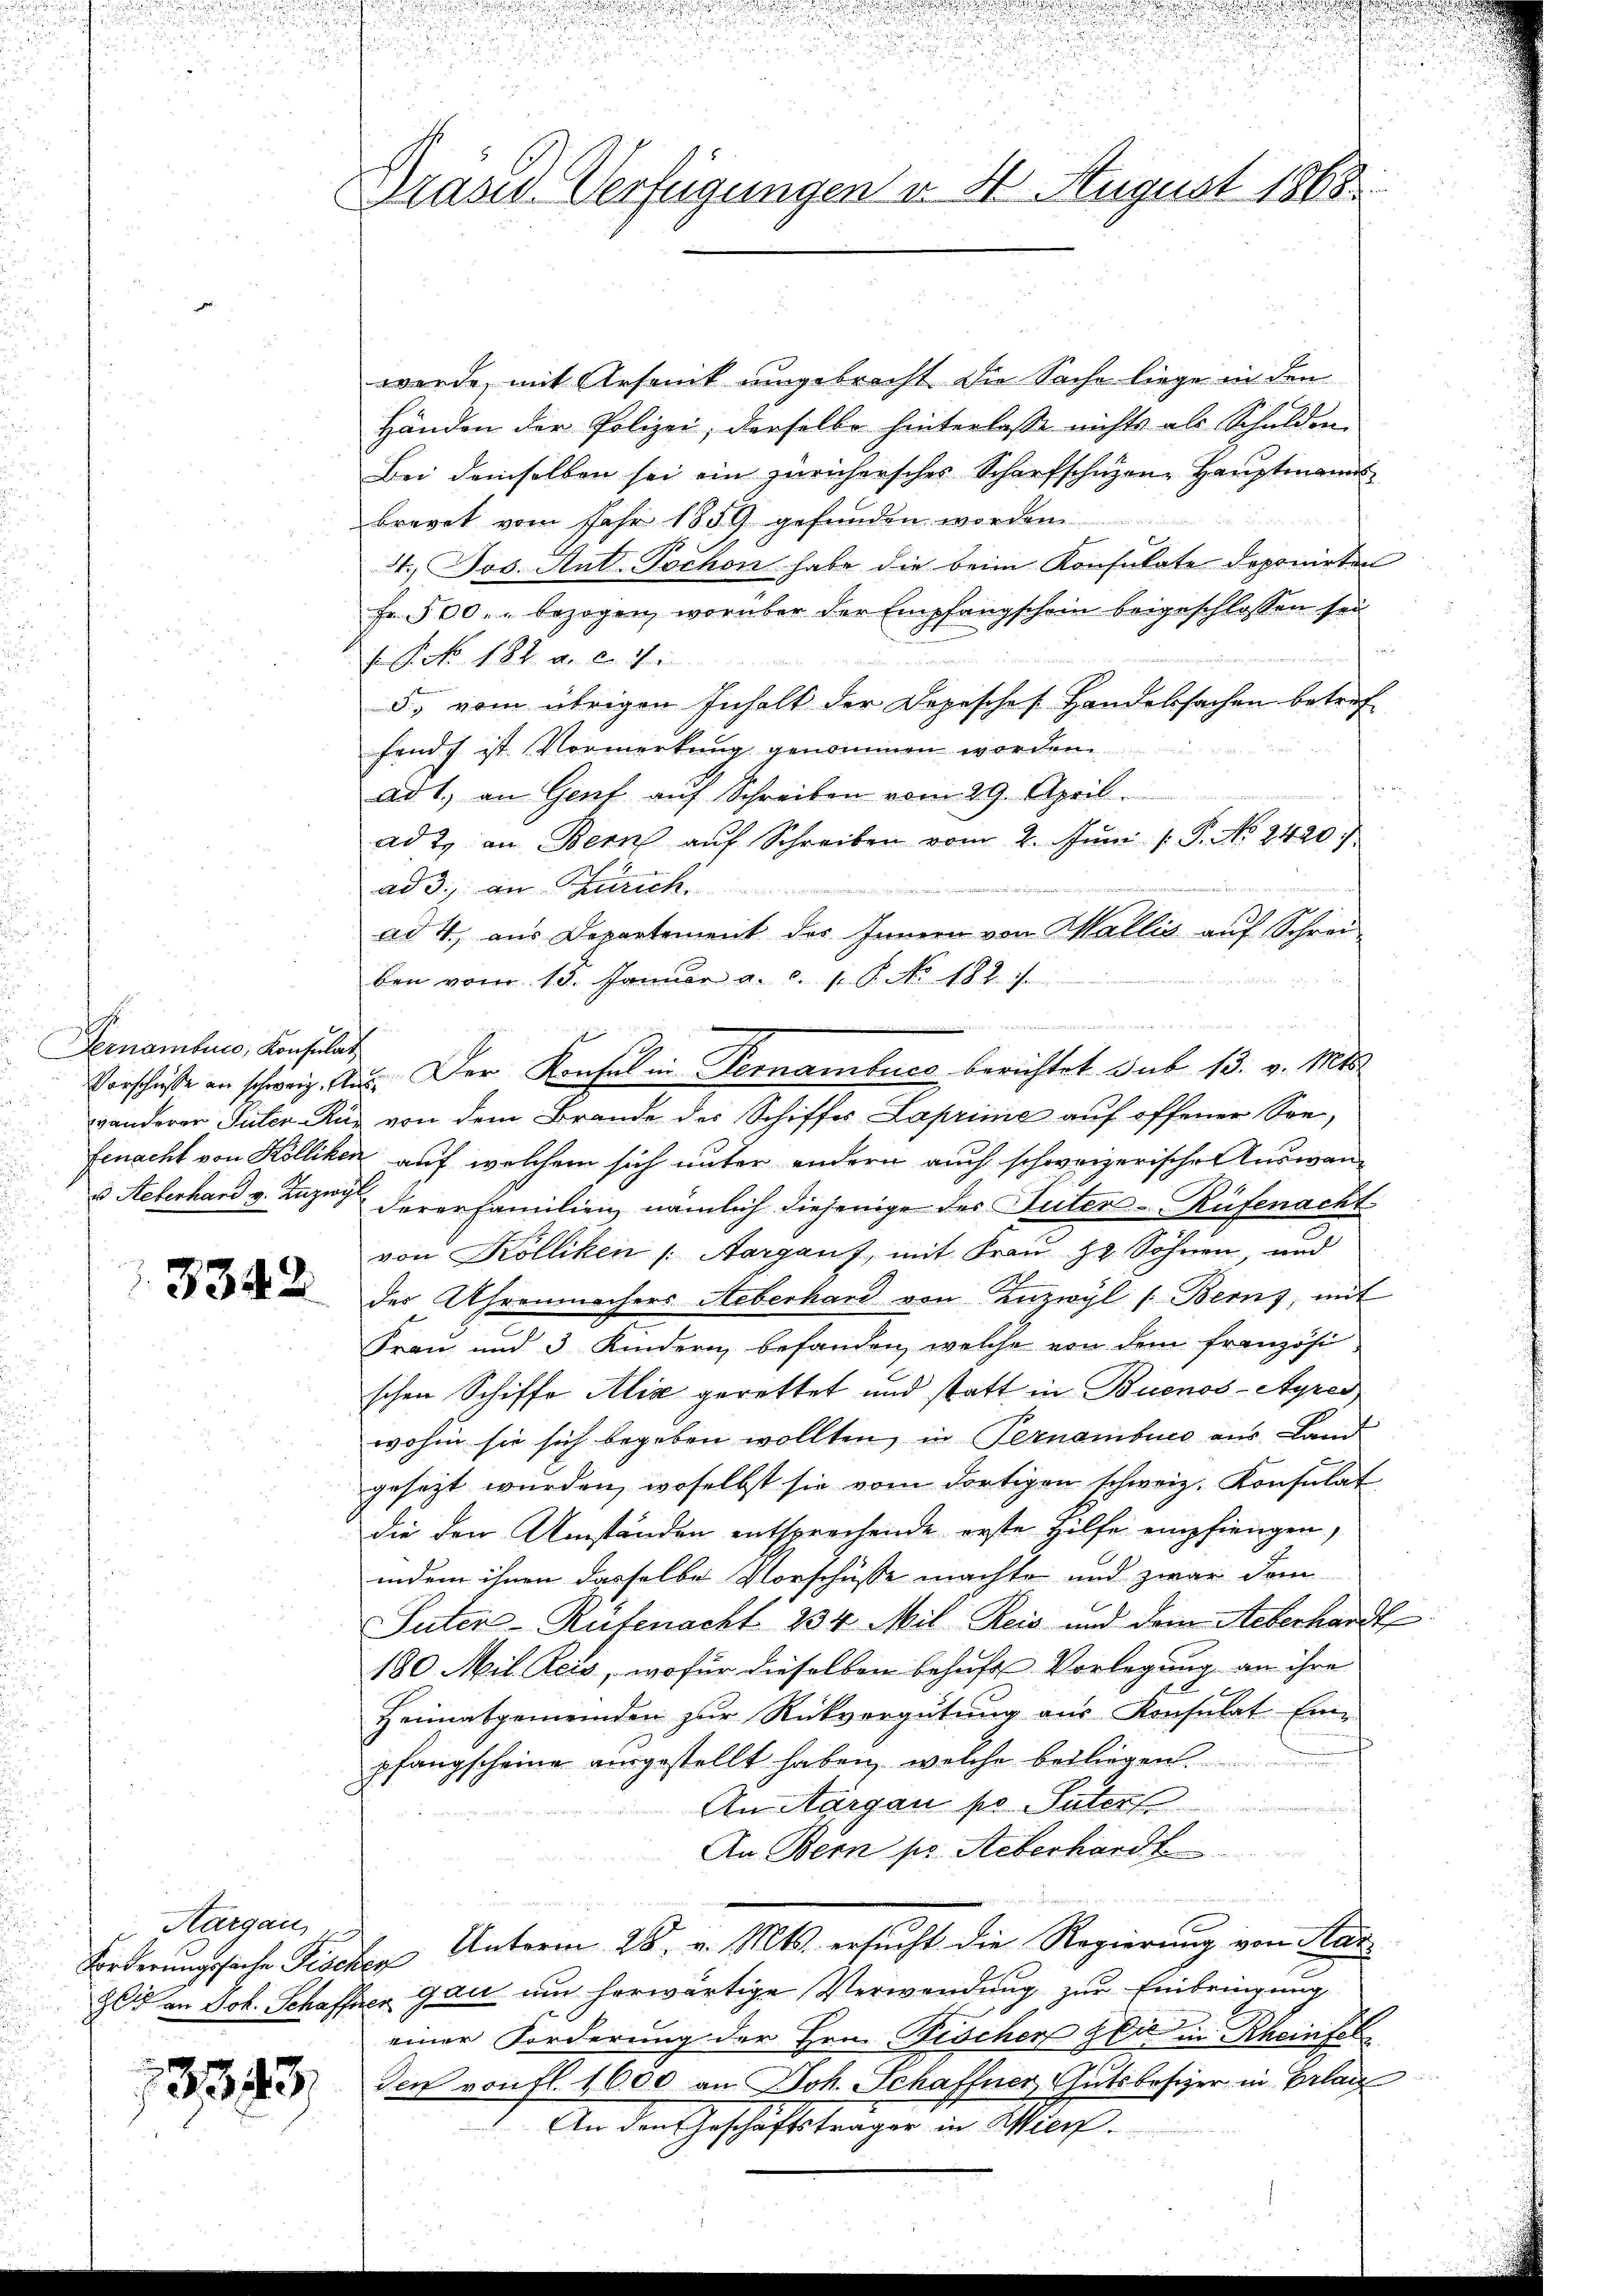
Fernamben, Konsulat

3342

Margau 19

1393.

Dräsd Verfügungen v. 4. August 1868

werde, mit Arsenik umgebracht die Sache liege in den
Händen der Polizei, derselbe hinterlasse nichts als Schulden
Bei demselben sei ein Zürichersches Scharfschuzen-Hauptmanns
Brevet vom Jahr 1859 gefunden worden
St. Jos. Ant. Tochon habe die beim Konsulate deponirten
Fr. 500.- bezogen, worüber der Empfangschein beigeschlossen sei
 P. Nr. 182. a. c. fr.
5, vom übrigen Inhalt der Depeschef Handelssachen betreffands ist (Vormerkung genommen worden.
n
ad 1., an Genf aŭf Schreiben vom 29. April.
ad 2. an Bern aŭf Schreiben vom 2. Jŭni /: P. No. 2420.
ad 3., an Zürich.
ad 4., aus Departement des Innern von Wallis auf Schrei
ben vom 13. Januar a. c. 1. P. No. 182. 7.
vanderer Suter Kur von dem Brande des Schiffes Laprime auf offener Sonfenacht von Kölliken auf welchem sich unter andern auch schweizerische Auswan¬
u Aeberhard v. Luzer derer Familien, nämlich diejenige der Suter-Rüfenacht
von Kölliken /: Aargauf, mit Frau zu. Söhnen, und
des Uhrenmachers Aeberhard von Enzwyl (Berns, mit
Frau und 3 Kindern befanden, welche von dem französi
schen Schiffe Aliz gerettet und statt in Buenos-Ayres
wohin sie sich begeben wollten, in Pernamburg aus. Land
gesetzt wurden, woselbst sie vom dortigen schweiz. Konsulat
die den Umständen entsprechende erste Hilfe empfiengen,
indem ihnen dasselbe Vorschüsse machte und zwar dem
Suter-Rüfenacht 234 Mil Reis und dem Aeberhardt
180 Mil Reis, wofür dieselben behufs Vorlegung an ihre
Heimatgemeinden zur Rückvergütung aus Konsulat Ein-
pfangscheine eingestellt haben, welche beiliegen.
An Aargau pr. Paters
An Bern pr Aeberhardt
Forderungssache Fischen Unterm 28. v. Mts. ersucht die Regierung von Han¬
Zeit an Joh. Schaffen gan um herwärtige Verwendung zur Einbringung
einer Forderung der Hrn. Fischer Zeit in Rheinfels
den von fl. 1600 an Joh. Schaffner, Gutsbesizer in Erlan
An den Geschäftsträger in Wieck.

Vorschüße an schweiz. aus. Der Konsul in Pernambures berichtet sub 13. v. Mts.

44.